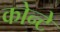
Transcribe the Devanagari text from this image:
कोन्टे